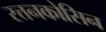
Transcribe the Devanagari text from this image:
रत्तनकोसिन